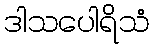
ဒါသပေါရိသံ